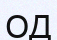
ОД